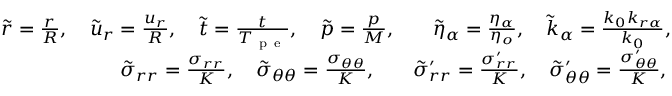
\begin{array} { r l } { \tilde { r } = \frac { r } { R } , \quad \tilde { u } _ { r } = \frac { u _ { r } } { R } , \quad \tilde { t } = \frac { t } { T _ { \mathrm { ~ p ~ e ~ } } } , \quad \tilde { p } = \frac { p } { M } , } & { { } \quad \tilde { \eta } _ { \alpha } = \frac { \eta _ { \alpha } } { \eta _ { o } } , \quad \tilde { k } _ { \alpha } = \frac { k _ { 0 } k _ { r \alpha } } { k _ { 0 } } , \quad } \\ { \tilde { \sigma } _ { r r } = \frac { \sigma _ { r r } } { K } , \quad \tilde { \sigma } _ { \theta \theta } = \frac { \sigma _ { \theta \theta } } { K } , \quad } & { { } \tilde { \sigma } _ { r r } ^ { \prime } = \frac { \sigma _ { r r } ^ { \prime } } { K } , \quad \tilde { \sigma } _ { \theta \theta } ^ { \prime } = \frac { \sigma _ { \theta \theta } ^ { \prime } } { K } , } \end{array}